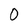
Character: O